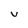
Character: v